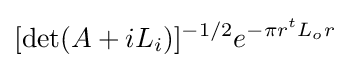
[\det(A+iL_{i})]^{-1/2}e^{-\pi r^{t}L_{o}r}